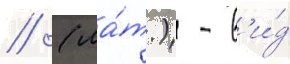
// (ла́т.) - в'и́д